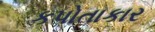
કપોતાકાર